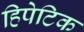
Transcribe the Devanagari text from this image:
हिपेटिक